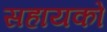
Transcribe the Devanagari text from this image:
सहायको